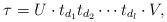
LaTeX: \begin{align*}\tau=U\cdot t_{d_1}t_{d_2}\cdots t_{d_l} \cdot V, \end{align*}